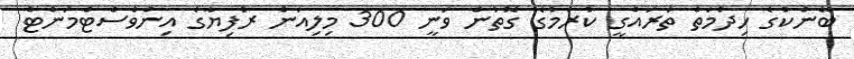
ބޭންކުގެ ހިދުމަތް ތަރައްގީ ކުރުމުގެ ގޮތުން ވަނީ 300 މިލިއަން ރުފިޔާގެ އިންވެސްޓްމަންޓް